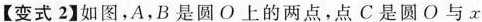
【变式2】如图，A，B是圆O上的两点，点C是圆O与x